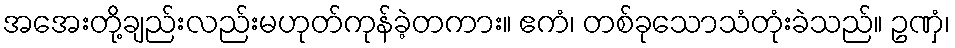
အအေးတို့ချည်းလည်းမဟုတ်ကုန်ခဲ့တကား။ ဧကံ၊ တစ်ခုသောသံတုံးခဲသည်။ ဥဏှံ၊